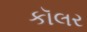
કૉલર